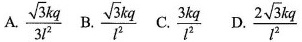
A.\frac{ \sqrt{3}kq}{3l^{2}} B. \frac{ \sqrt{3}kq}{l^{2}} C.\frac{3kq}{l^{2}} D. \frac{2 \sqrt{3}kq}{l^{2}}